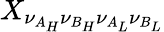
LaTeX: X_{\nu_{A_{H}}\nu_{B_{H}}\nu_{A_{L}}\nu_{B_{L}}}